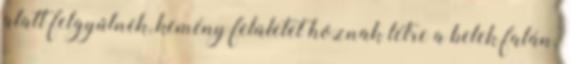
alatt felgyűlnek, kemény felületet hoznak létre a belek falán.